Document type: Barter
Year: 1304
Scribe: Pere Pometa
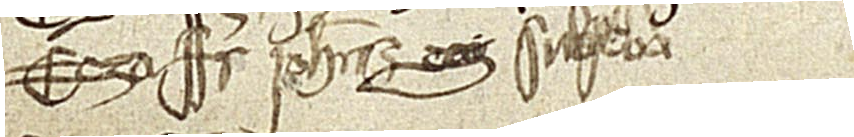
Ego frater Iohannes ego subscribo